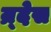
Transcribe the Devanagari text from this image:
न्र्देस